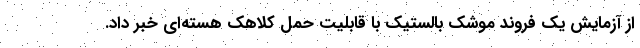
از آزمایش یک فروند موشک بالستیک با قابلیت حمل کلاهک هسته‌ای خبر داد.